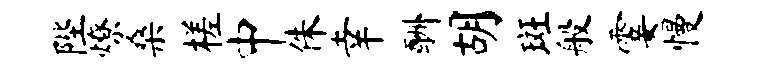
陛燎桑槎中侏幸酬胡斑般霎慢